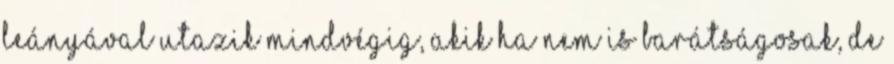
leányával utazik mindvégig, akik ha nem is barátságosak, de